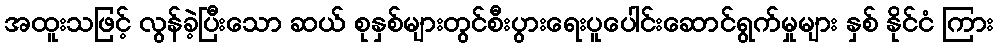
အထူးသဖြင့် လွန်ခဲ့ပြီးသော ဆယ် စုနှစ်များတွင်စီးပွားရေးပူပေါင်းဆောင်ရွက်မှုများ နှစ် နိုင်ငံ ကြား